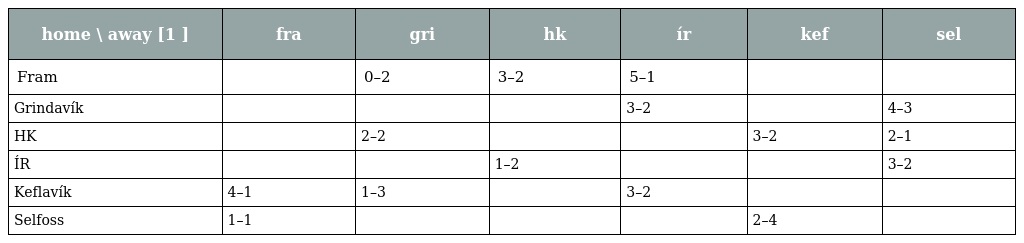
| home \ away [1 ] | fra | gri | hk | ír | kef | sel |
 | --- | --- | --- | --- | --- | --- | --- |
 | Fram |  | 0–2 | 3–2 | 5–1 |  |  |
 | Grindavík |  |  |  | 3–2 |  | 4–3 |
 | HK |  | 2–2 |  |  | 3–2 | 2–1 |
 | ÍR |  |  | 1–2 |  |  | 3–2 |
 | Keflavík | 4–1 | 1–3 |  | 3–2 |  |  |
 | Selfoss | 1–1 |  |  |  | 2–4 |  |